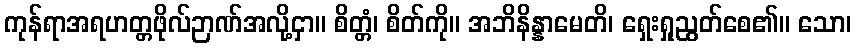
ကုန်ရာအရဟတ္တဖိုလ်ဉာဏ်အလို့ငှာ။ စိတ္တံ၊ စိတ်ကို။ အဘိနိန္နာမေတိ၊ ရှေးရှုညွတ်စေ၏။ သော၊